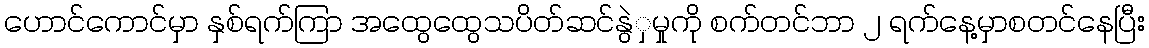
ဟောင်ကောင်မှာ နှစ်ရက်ကြာ အထွေထွေသပိတ်ဆင်နွဲှမှုကို စက်တင်ဘာ ၂ ရက်နေ့မှာစတင်နေပြီး